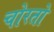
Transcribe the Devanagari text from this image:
चोरतो